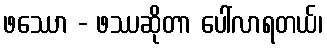
ဖဿော - ဖဿဆိုတာ ပေါ်လာရတယ်၊